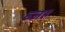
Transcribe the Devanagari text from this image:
व्जह